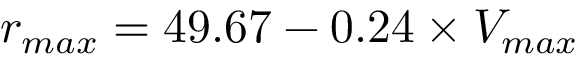
r _ { m a x } = 4 9 . 6 7 - 0 . 2 4 \times V _ { m a x }